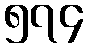
၅၇၄